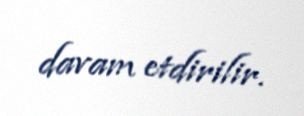
davam etdirilir.